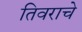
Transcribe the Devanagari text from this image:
तिवराचे